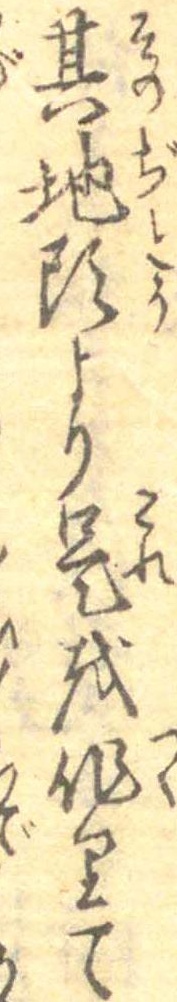
其地頭より是を作りて